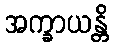
အက္ခာယန္တိ